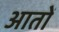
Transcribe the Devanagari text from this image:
आतों